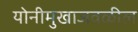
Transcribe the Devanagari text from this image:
योनीमुखाजवळील